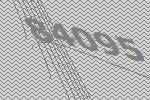
84095